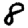
Digit: 8